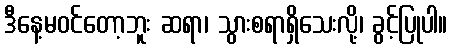
ဒီနေ့မဝင်တော့ဘူး ဆရာ၊ သွားစရာရှိသေးလို့၊ ခွင့်ပြုပါ။